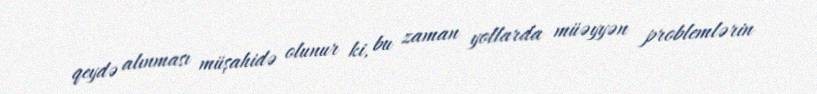
qeydə alınması müşahidə olunur ki, bu zaman yollarda müəyyən problemlərin